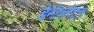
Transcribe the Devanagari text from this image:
डेमोकरेट्स